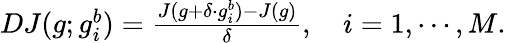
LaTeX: \begin{array}{r}{DJ(g;g_{i}^{b})=\frac{J(g+\delta\cdot g_{i}^{b})-J(g)}{\delta},\quad i=1,\cdots,M.}\end{array}